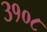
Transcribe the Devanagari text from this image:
३१०८